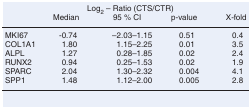
<table><thead><tr><td></td><td colspan="3"><b>Log<sub>2</sub> – Ratio (CTS/CTR)</b></td><td></td></tr><tr><td></td><td><b>Median</b></td><td><b>95 % CI</b></td><td><b>p-value</b></td><td><b>X-fold</b></td></tr></thead><tbody><tr><td>MKI67</td><td>-0.74</td><td>–2.03–1.15</td><td>0.51</td><td>0.4</td></tr><tr><td>COL1A1</td><td>1.80</td><td>1.15–2.25</td><td>0.01</td><td>3.5</td></tr><tr><td>ALPL</td><td>1.27</td><td>0.28–1.85</td><td>0.02</td><td>2.4</td></tr><tr><td>RUNX2</td><td>0.94</td><td>0.25–1.53</td><td>0.02</td><td>1.9</td></tr><tr><td>SPARC</td><td>2.04</td><td>1.30–2.32</td><td>0.004</td><td>4.1</td></tr><tr><td>SPP1</td><td>1.48</td><td>1.12–2.00</td><td>0.005</td><td>2.8</td></tr></tbody></table>